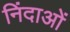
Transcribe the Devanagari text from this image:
निंदाओं